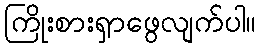
ကြိုးစားရှာဖွေလျက်ပါ။